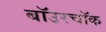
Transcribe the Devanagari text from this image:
बॉउरचॉक